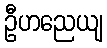
ဦဟညေယျ